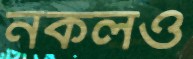
নকলও